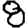
Digit: 8